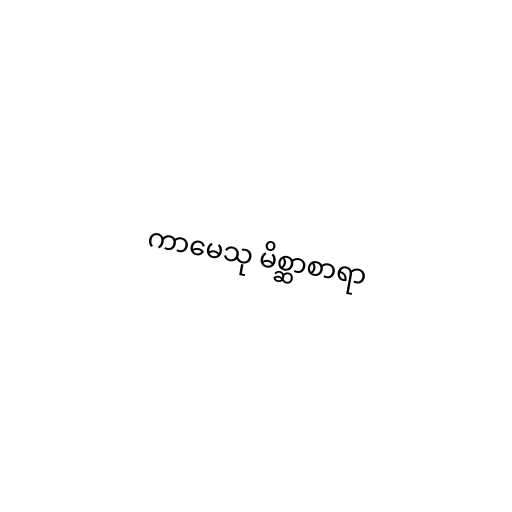
ကာမေသု မိစ္ဆာစာရာ